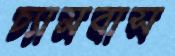
চ্যামবাস